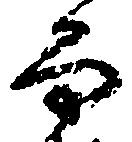
而